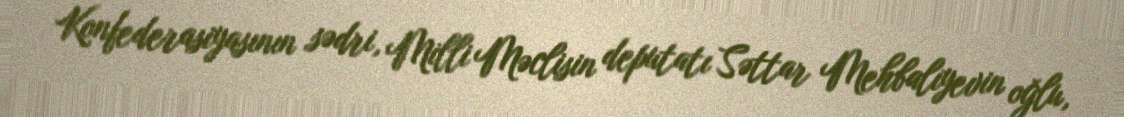
Konfederasiyasının sədri, Milli Məclisin deputatı Səttar Mehbalıyevin oğlu,